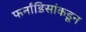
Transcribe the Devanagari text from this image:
फर्नांडिसांकडून